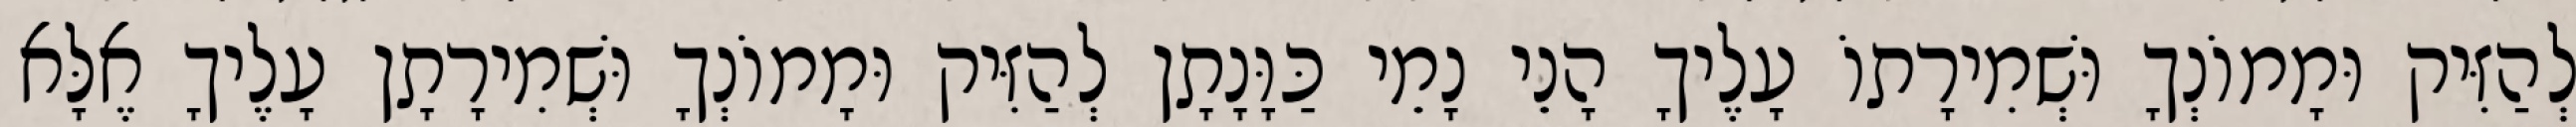
לְהַזִּיק וּמָמוֹנְךָ וּשְׁמִירָתוֹ עָלֶיךָ הָנֵי נָמֵי כַּוָּנָתָן לְהַזִּיק וּמָמוֹנְךָ וּשְׁמִירָתָן עָלֶיךָ אֶלָּא